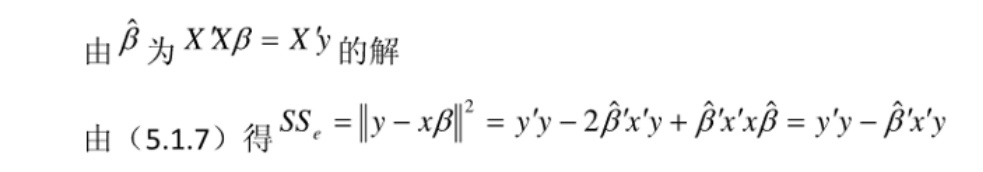
由 $\hat{\beta}$ 为 $X^TX\beta = X^Ty$ 的解

由（5.1.7）得 $SS_e = \|y - x\beta\|^2 = y'y - 2\hat{\beta}'x'y + \hat{\beta}'x'x\hat{\beta} = y'y - \hat{\beta}'x'y$